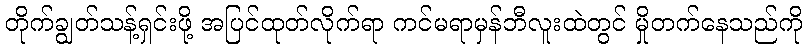
တိုက်ချွတ်သန့်ရှင်းဖို့ အပြင်ထုတ်လိုက်ရာ ကင်မရာမှန်ဘီလူးထဲတွင် မှိုတက်နေသည်ကို